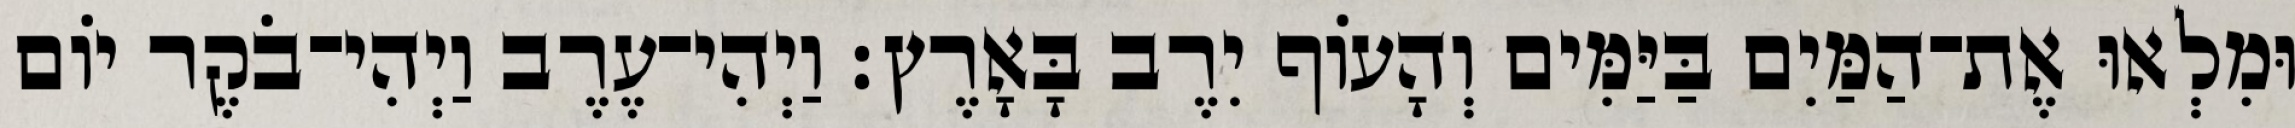
וּמִלְאוּ אֶת־הַמַּיִם בַּיַּמִּים וְהָעֹוף יִרֶב בָּאָרֶץ׃ וַיְהִי־עֶרֶב וַיְהִי־בֹקֶר יֹום